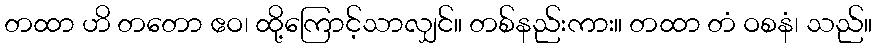
တထာ ဟိ တတော ဧဝ၊ ထို့ကြောင့်သာလျှင်။ တစ်နည်းကား။ တထာ တံ ဝစနံ၊ သည်။